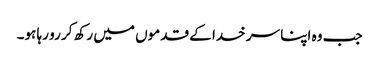
جب وہ اپنا سر خدا کے قدموں میں رکھ کر رو رہا ہو۔